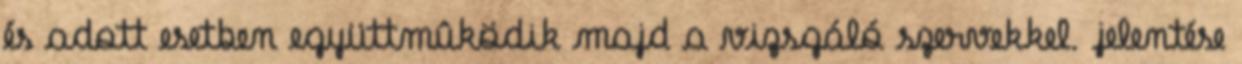
és adott esetben együttmûködik majd a vizsgáló szervekkel. jelentése